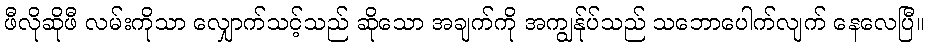
ဖီလိုဆိုဖီ လမ်းကိုသာ လျှောက်သင့်သည် ဆိုသော အချက်ကို အကျွန်ုပ်သည် သဘောပေါက်လျက် နေလေပြီ။